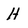
Character: H